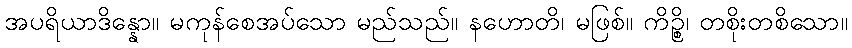
အပရိယာဒိန္နော။ မကုန်စေအပ်သော မည်သည်။ နဟောတိ၊ မဖြစ်။ ကိဉ္စိ၊ တစိုးတစိသော။